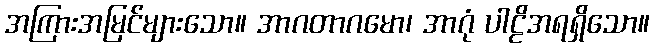
အကြားအမြင်များသော။ အာဂတာဂမော၊ အာဂုံ ပါဠိအရရှိသော။